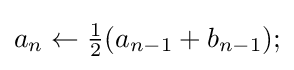
a_{n}\leftarrow {\tfrac {1}{2}}(a_{n-1}+b_{n-1});